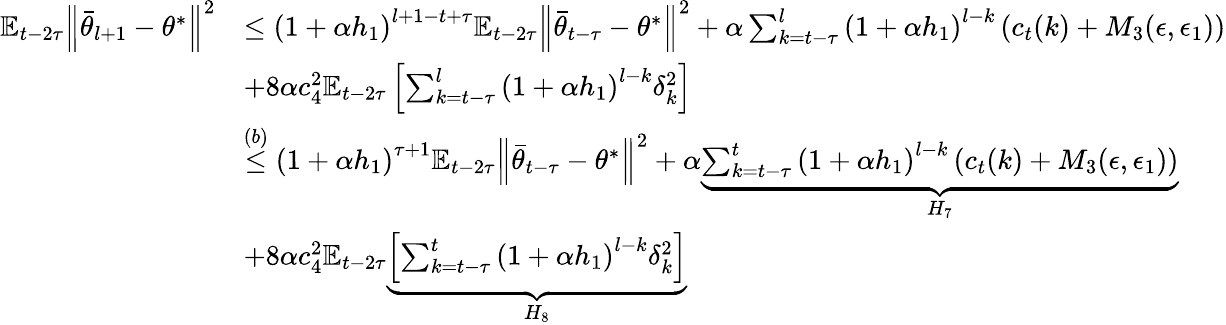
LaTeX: \begin{array}{rl}{\mathbb{E}_{t-2\tau}\Big\lVert\bar{\theta}_{l+1}-\theta^{*}\Big\rVert^{2}}&{\leq\left(1+\alpha h_{1}\right)^{l+1-t+\tau}\mathbb{E}_{t-2\tau}\Big\lVert\bar{\theta}_{t-\tau}-\theta^{*}\Big\rVert^{2}+\alpha\sum_{k=t-\tau}^{l}\left(1+\alpha h_{1}\right)^{l-k}\left(c_{t}(k)+M_{3}(\epsilon,\epsilon_{1})\right)}\\ &{+8\alpha c_{4}^{2}\mathbb{E}_{t-2\tau}\left[\sum_{k=t-\tau}^{l}\left(1+\alpha h_{1}\right)^{l-k}\delta_{k}^{2}\right]}\\ &{\stackrel{(b)}{\leq}\left(1+\alpha h_{1}\right)^{\tau+1}\mathbb{E}_{t-2\tau}\Big\lVert\bar{\theta}_{t-\tau}-\theta^{*}\Big\rVert^{2}+\alpha\underbrace{\sum_{k=t-\tau}^{t}\left(1+\alpha h_{1}\right)^{l-k}\left(c_{t}(k)+M_{3}(\epsilon,\epsilon_{1})\right)}_{H_{7}}}\\ &{+8\alpha c_{4}^{2}\mathbb{E}_{t-2\tau}\underbrace{\left[\sum_{k=t-\tau}^{t}\left(1+\alpha h_{1}\right)^{l-k}\delta_{k}^{2}\right]}_{H_{8}}}\end{array}